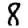
Digit: 8